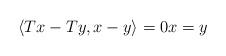
LaTeX: \begin{align*}\left\langle Tx-Ty,x-y\right\rangle =0x=y \end{align*}